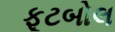
ફૂટબોલ